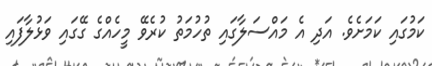
ކަމުގައި ކަމަށެވެ. އަދި އެ މައްސަލާގައި ތުހުމަތު ކުރެވޭ މީހެއްގެ ގޭގައި ވަޅުލާފައި